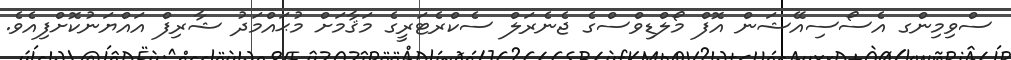
ސްވިމިންގ އެސޯސިއޭޝަން އޮފް މޯލްޑިވްސްގެ ޖެނެރަލް ސެކްރެޓަރީގެ މަޤާމަށް މުޙައްމަދު ޝާރިފް އައްޔަނުކޮށްފިއެވެ.